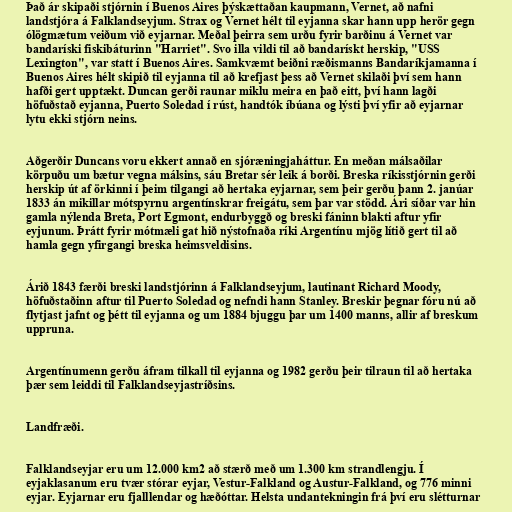
Það ár skipaði stjórnin í Buenos Aires þýskættaðan kaupmann, Vernet, að nafni
landstjóra á Falklandseyjum. Strax og Vernet hélt til eyjanna skar hann upp herör gegn
ólögmætum veiðum við eyjarnar. Meðal þeirra sem urðu fyrir barðinu á Vernet var
bandaríski fiskibáturinn "Harriet". Svo illa vildi til að bandarískt herskip, "USS
Lexington", var statt í Buenos Aires. Samkvæmt beiðni ræðismanns Bandaríkjamanna í
Buenos Aires hélt skipið til eyjanna til að krefjast þess að Vernet skilaði því sem hann
hafði gert upptækt. Duncan gerði raunar miklu meira en það eitt, því hann lagði
höfuðstað eyjanna, Puerto Soledad í rúst, handtók íbúana og lýsti því yfir að eyjarnar
lytu ekki stjórn neins.

Aðgerðir Duncans voru ekkert annað en sjóræningjaháttur. En meðan málsaðilar
körpuðu um bætur vegna málsins, sáu Bretar sér leik á borði. Breska ríkisstjórnin gerði
herskip út af örkinni í þeim tilgangi að hertaka eyjarnar, sem þeir gerðu þann 2. janúar
1833 án mikillar mótspyrnu argentínskrar freigátu, sem þar var stödd. Ári síðar var hin
gamla nýlenda Breta, Port Egmont, endurbyggð og breski fáninn blakti aftur yfir
eyjunum. Þrátt fyrir mótmæli gat hið nýstofnaða ríki Argentínu mjög lítið gert til að
hamla gegn yfirgangi breska heimsveldisins.

Árið 1843 færði breski landstjórinn á Falklandseyjum, lautinant Richard Moody,
höfuðstaðinn aftur til Puerto Soledad og nefndi hann Stanley. Breskir þegnar fóru nú að
flytjast jafnt og þétt til eyjanna og um 1884 bjuggu þar um 1400 manns, allir af breskum
uppruna.

Argentínumenn gerðu áfram tilkall til eyjanna og 1982 gerðu þeir tilraun til að hertaka
þær sem leiddi til Falklandseyjastríðsins.

Landfræði.

Falklandseyjar eru um 12.000 km2 að stærð með um 1.300 km strandlengju. Í
eyjaklasanum eru tvær stórar eyjar, Vestur-Falkland og Austur-Falkland, og 776 minni
eyjar. Eyjarnar eru fjalllendar og hæðóttar. Helsta undantekningin frá því eru slétturnar